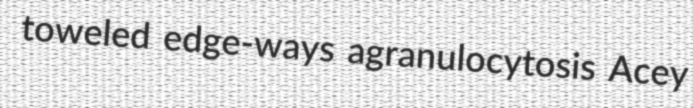
toweled edge-ways agranulocytosis Acey